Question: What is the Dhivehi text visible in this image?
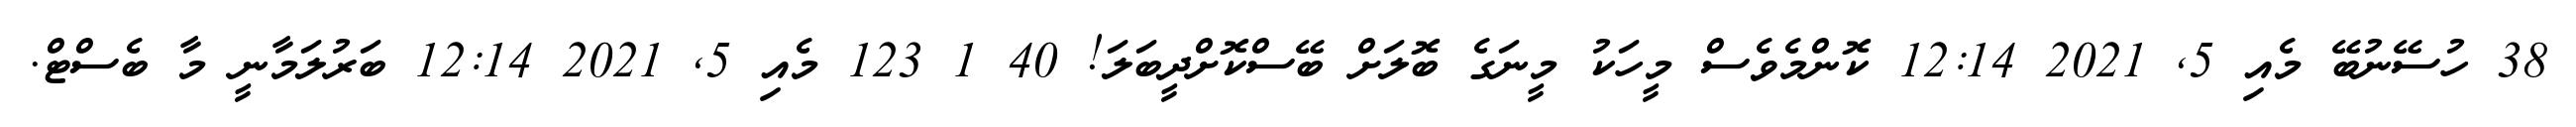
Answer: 38 ހުސޭނުބޭ މެއި 5, 2021 12:14 ކޮންމެވެސް މީހަކު މީނަގެ ބޮލަށް ބޭސްކޮށްދީބަލަ! 40 1 123 މެއި 5, 2021 12:14 ބަރުލަމާނީ މާ ބެސްޓް.